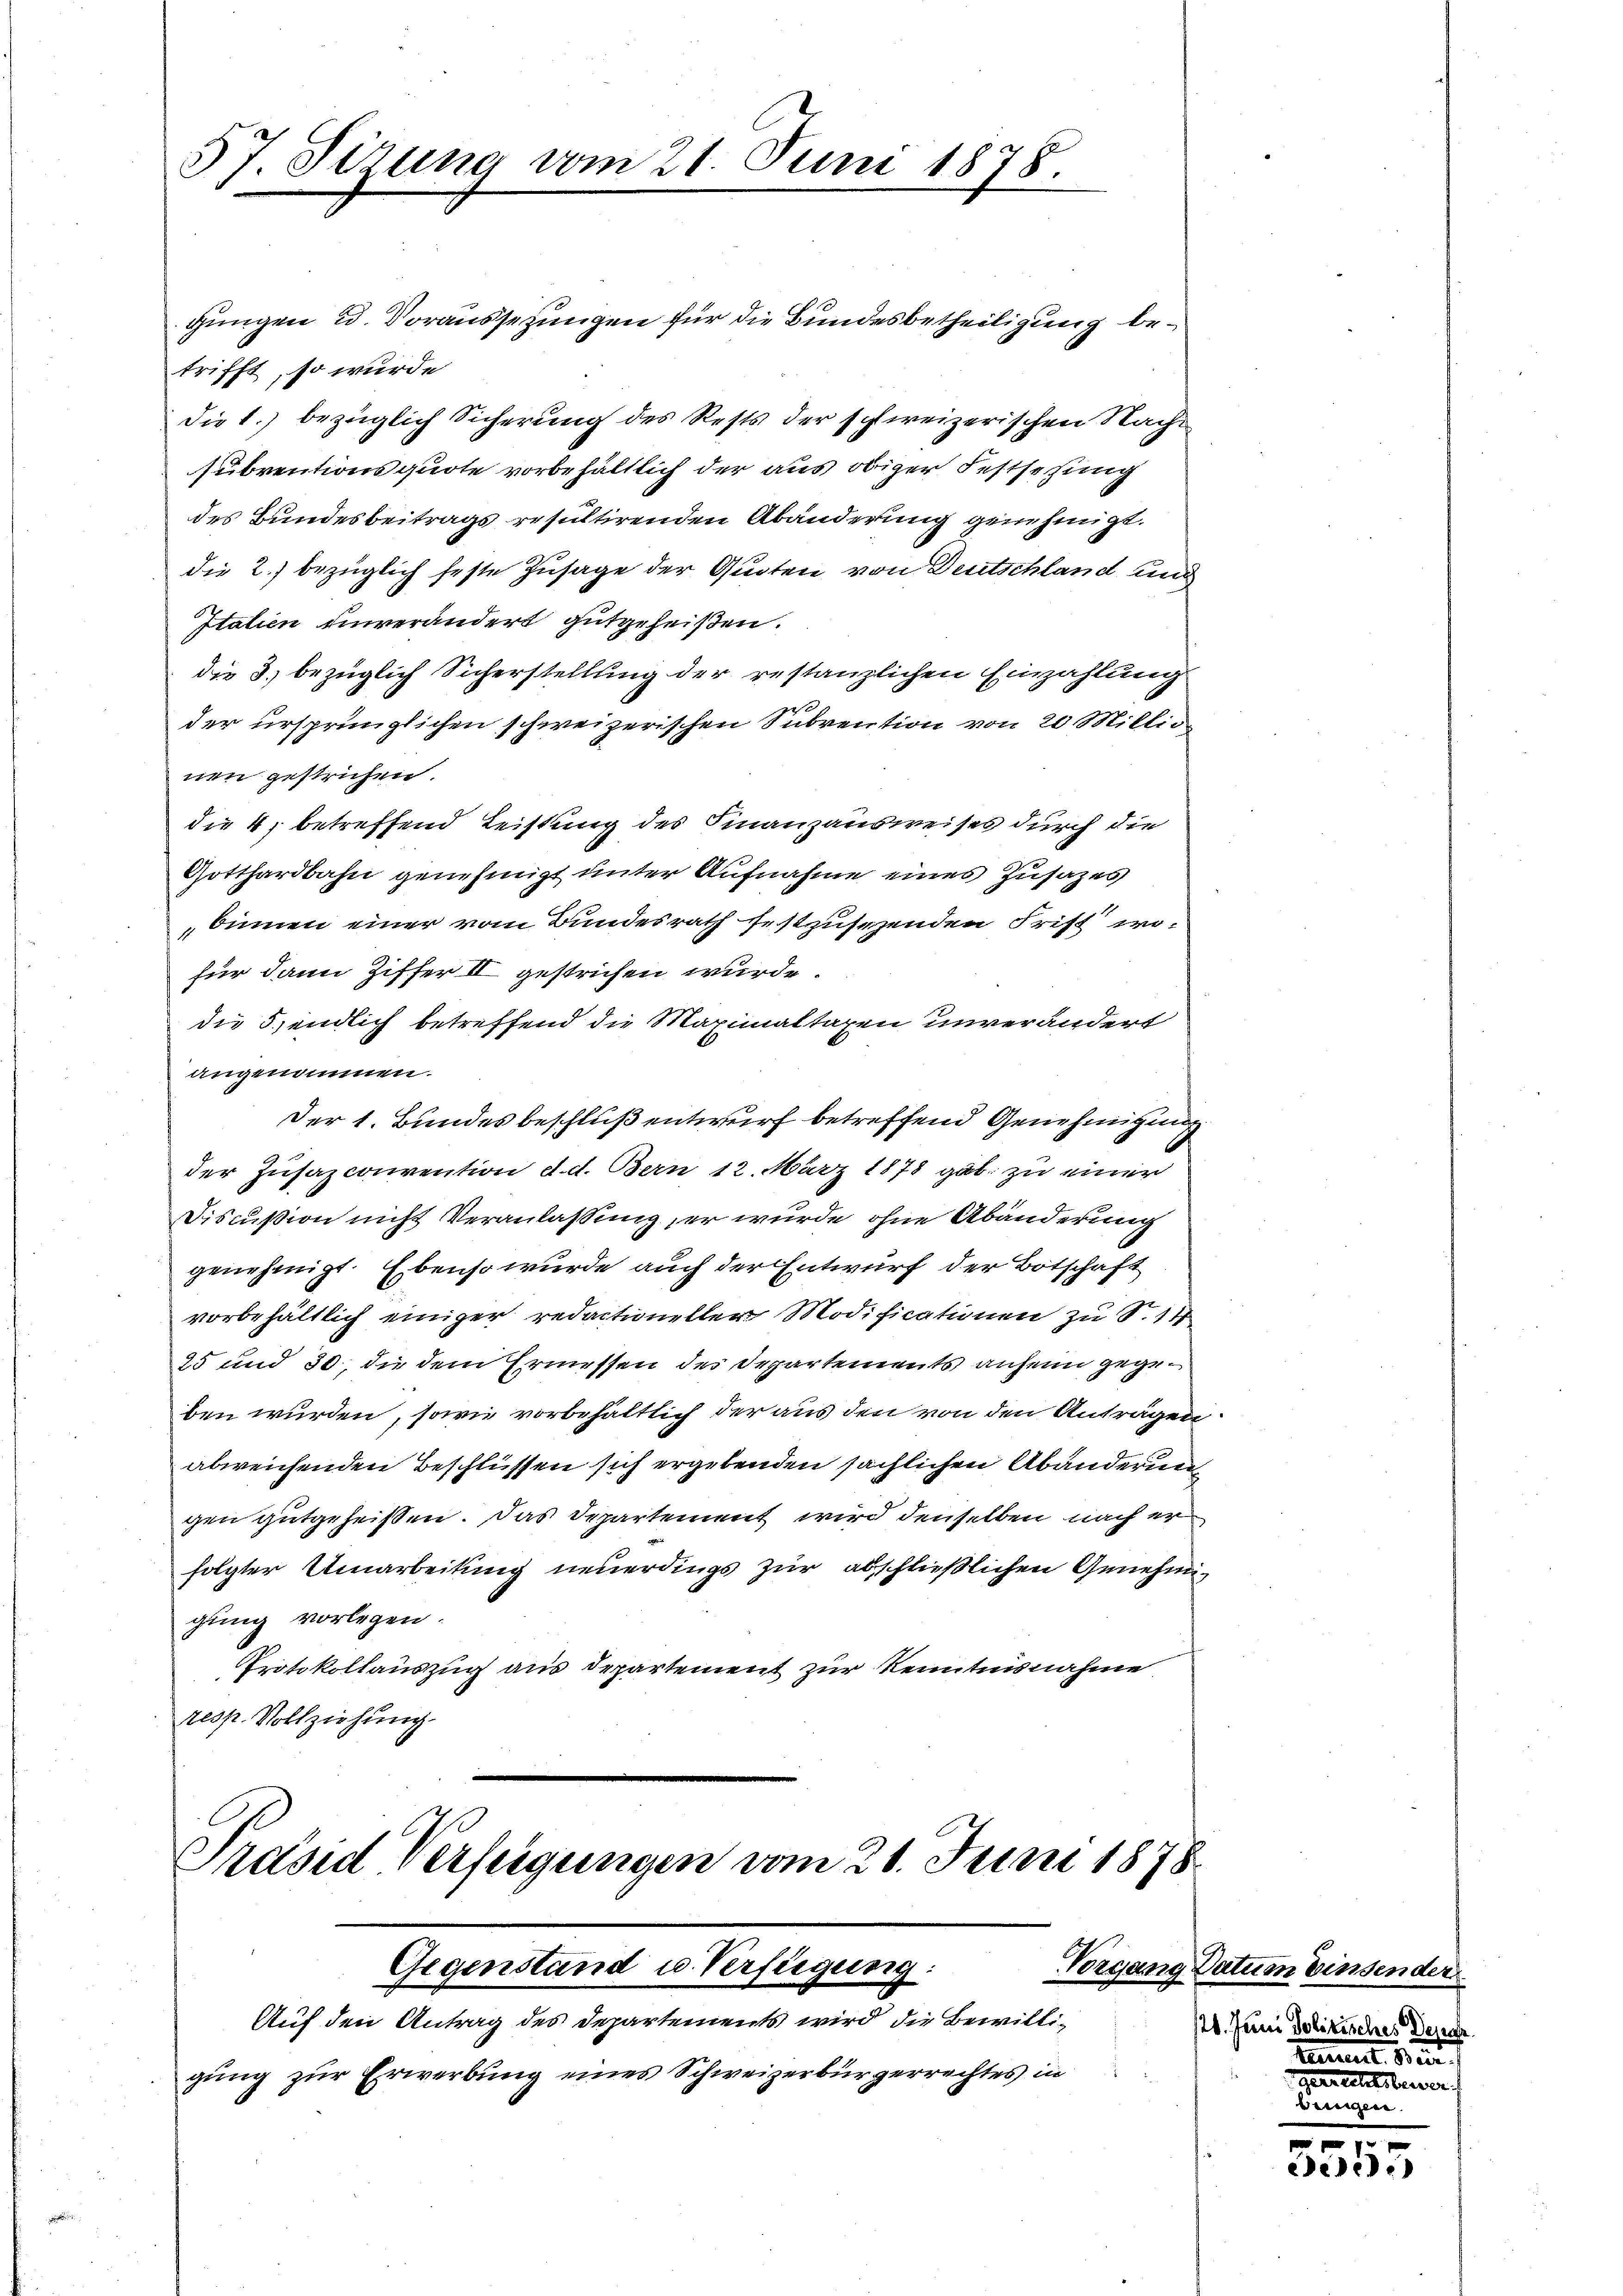
57. Sizung vom 21. Juni 1878.

gungen u. Voraussetzungen für die Bundesbetheiligung betrifft, so wurde
die 1.) bezüglich Sicherung des Rests der schweizerischen Nachsubventionsquote vorbehältlich der aus obiger Festsetzung
des Bundesbeitrags resultirenden Abänderung genehmigt.
die 2.) bezüglich feste Zusage der Quoten von Deutschland und
Italien einverändert gutgeheißen.
die 3. bezüglich Sicherstellung der restanzlichen Einzahlung
der ursprünglichen schweizerischen Subvention von 20 Millio
nen gestrichen.
die 4, betreffend Leistung des Finanzausweises durch die
Gotthardbahn genehmigt unter Aufnahme eines Zusazes
binen einer vom Bundesrath festzusezenden Frist wofür dann Ziffer II gestrichen wurde.
die 5. endlich betreffend die Maximaltaxen unverändert
angenommen.
Der 1. Bundesbeschluß entwurf betreffend Genehmigung
der Zusazconvention d. d. Bern 12. März 1878 gab zu einer
Discußion nicht Veranlassung, er wurde ohne Abänderung
genehmigt. Ebenso wurde auch der Entwurf der Botschaft
vorbehältlich einiger redactioneller Modificationen zu S. 14
25 und 30, die dem Ermessen des Departements anheim gegeben wurden, sowie vorbehältlich der aus den von den Anträgen
abweichenden Beschlüssen sich ergebenden sächlichen Abänderung
gen gutgeheißen. Das Departement wird denselben nach er
folgter Umarbeitung neuerdings zur abschließlichen Genehmigung vorlegen.
Protokollauszug aus Departement zur Kenntnisnahme
resp. Vollziehung.

Präsid Verfügungen vom 21. Juni 1878
Gegenstand u. Verfeigung:
Auf den Antrag des Departements wird die Bewilli¬

gung zur Erwerbung eines Schweizerbürgerrechtes in

Vorgang Datum vinsen der
26. Juni Jolitisches Depar
tement sein

1
Cede

gerrechtsbeiter.